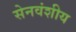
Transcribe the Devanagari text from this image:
सेनवंशीय